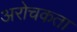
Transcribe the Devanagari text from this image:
अरोचकता